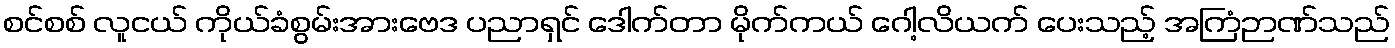
စင်စစ် လူငယ် ကိုယ်ခံစွမ်းအားဗေဒ ပညာရှင် ဒေါက်တာ မိုက်ကယ် ဂေါ့လိယက် ပေးသည့် အကြံဉာဏ်သည်